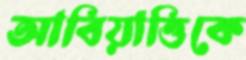
আবিয়াত্তিকে